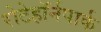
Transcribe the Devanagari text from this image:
रोटेहॉर्नपार्क